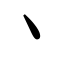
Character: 丶